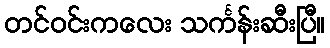
တင်ဝင်းကလေး သင်္ကန်းဆီးပြီ။